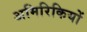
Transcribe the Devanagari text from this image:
अमिरिकियों